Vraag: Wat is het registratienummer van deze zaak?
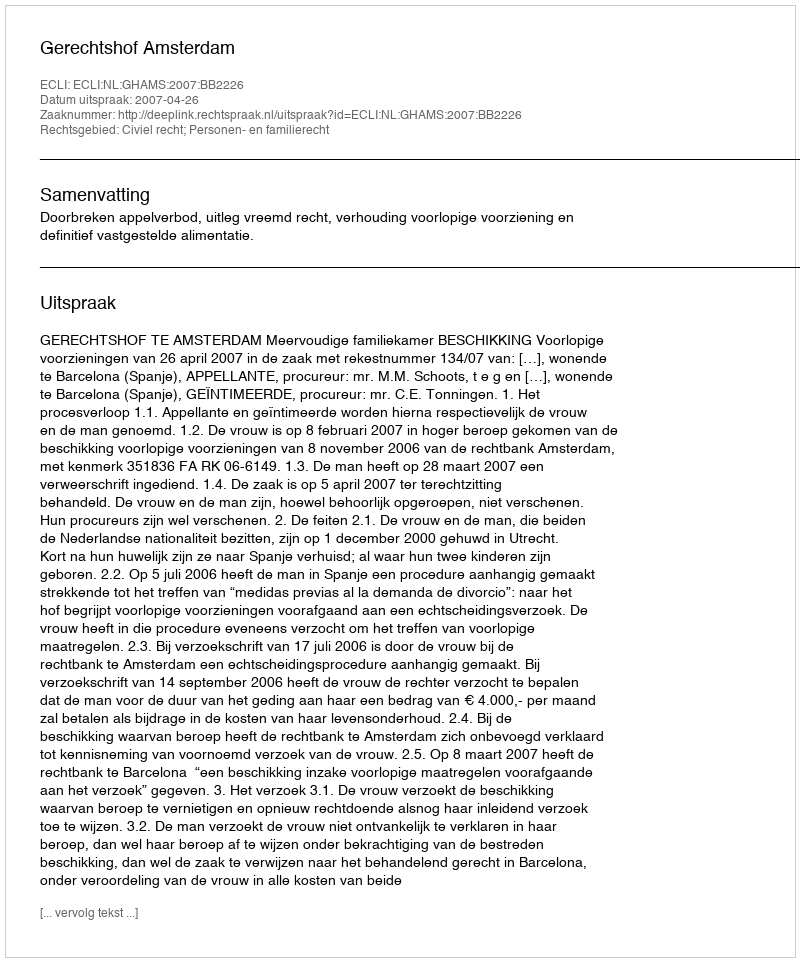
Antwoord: http://deeplink.rechtspraak.nl/uitspraak?id=ECLI:NL:GHAMS:2007:BB2226